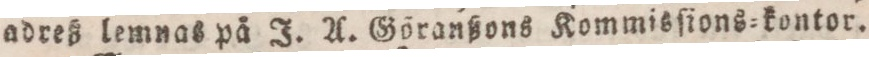
adreß lemnas på J. A. Göranßons Kommisſions=kontor.